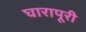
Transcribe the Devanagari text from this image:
घारापूरी